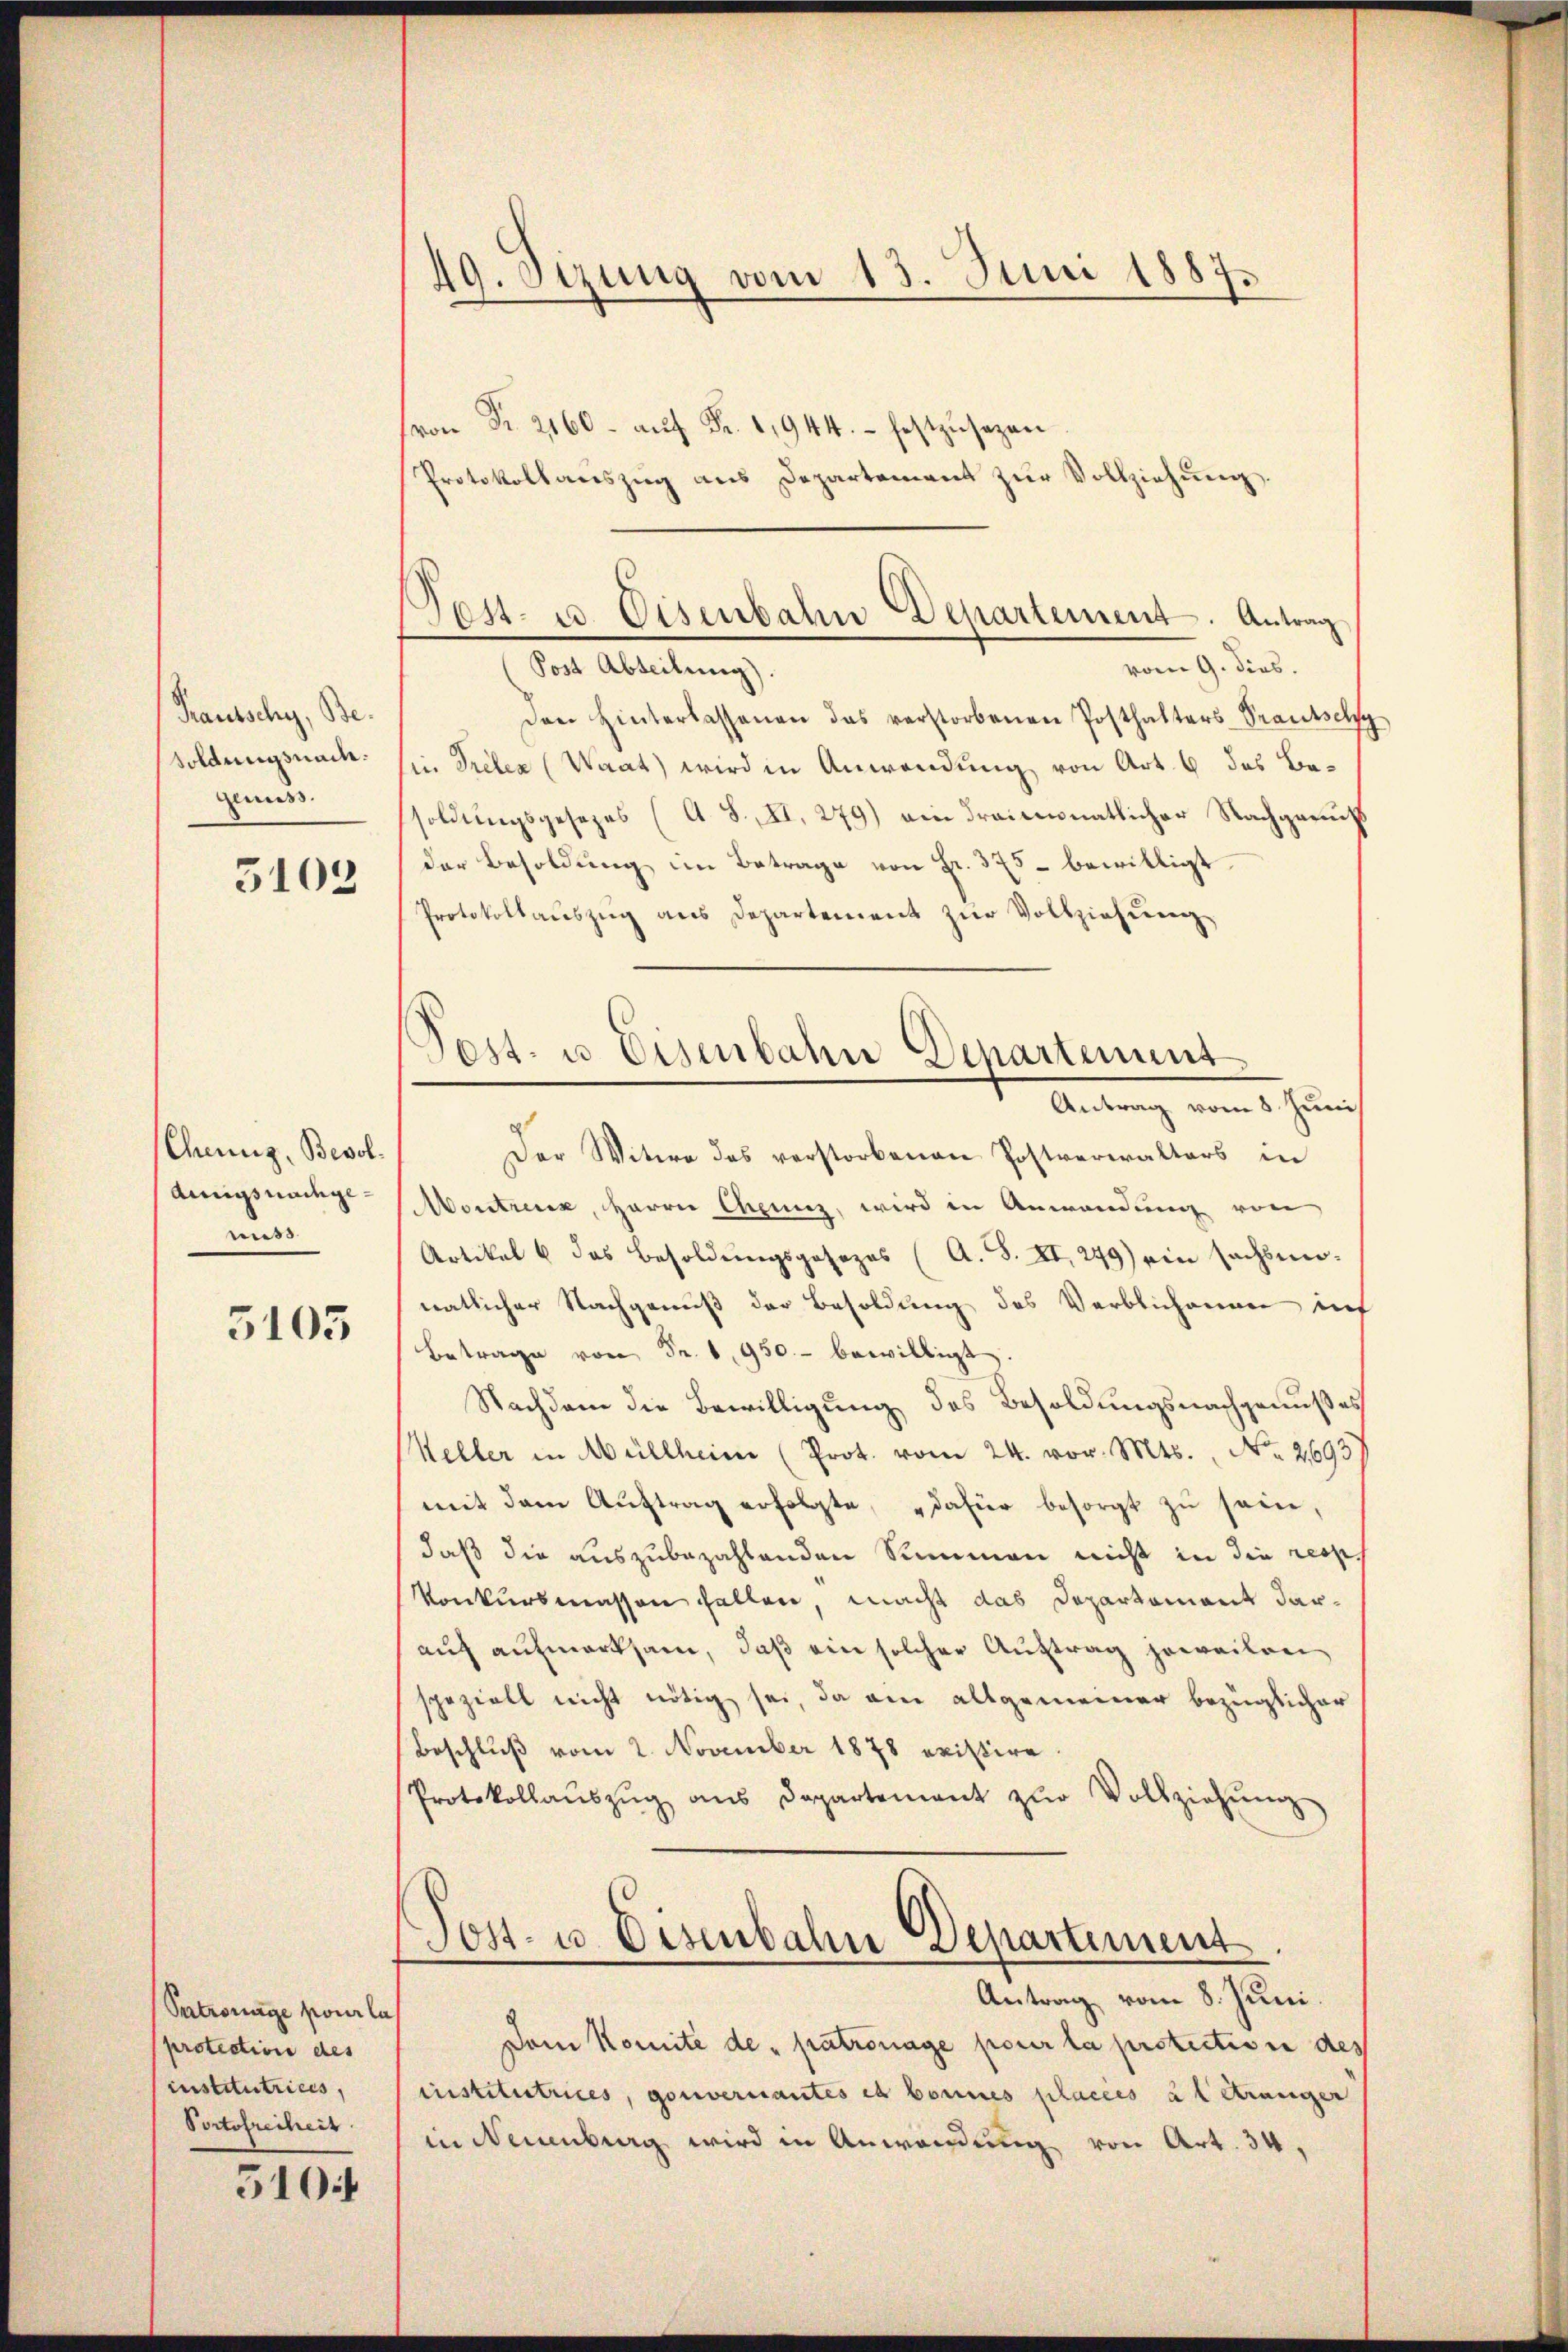
Kautschy, Be
soldungsnach.
genuss.

3103

Chennig, Besoldings nachgemiss

5105

Patronage pour la
protection des
institutrices,
Portofreiheit

510 f

49. Sizung vom 13. Juni 1887.
t

(von Fr. 2160. aŭf Fr. 11944.- festzŭsezen
Protokollauszug aus Departement zur Vollziehung.

Den Hinterlassenen das verstorbenen Posthalters Prautschy
in Trieben (Waat wird in Anwendung von Art. 6 des Besoldungsgesezes (A. S. II. 279) ein draionatlicher Nachgarniß
der Besoldung im Betrage von Fr. 375 bewilligt.
Protokollaŭszŭg ans Departement zŭr Vollziehung

Montreux, Herrn Capunz, wird in Anwendung von
Artikel u das Besoldungsposezes (A. S. XII, 249) ein sachsennatlicher Nachgenuß der Besoldung des Verblichenen inf
Betrage von Fr. 1950.- bewilligt,
Nachdem die Bewilligung des Besoldungsnachgenußes
Keller in Müllheim (Prot. vom 24. vor. Mts. No. 2693
mit dem Aŭftrag erfolgte, dafür besorgt zŭ sein,
daß die auszubezahlenden Summen nicht in die resp.
Konkursmassen fallen, macht das Departement daraŭf aŭfmerksam, daß ein solcher Auftrag jeweilen
speziell nicht nötig sei, da ein allgemeiner bezüglicher
Beschluß vom 2. November 1878 existire
Protokollaŭszŭg ans Departement zŭr Vollziehŭng
Tost- u. Eisenbahn Departement.
Antrag vom 8. Juni.
Dem Komité de patronage pour la protection des
institutrices, gouvernantes et bonnes placées à l Stranger
in Neuenburg wird in Anwendung von Art. 34.

Tost- u. Eisenbahn Departement. Antrag
vom 9. dies.
(Post Abteilung).

Post- u. Eisenbahn Departement
Antrag vom 8. Juni
Der Witwe des verstorbenen Postverwalters in